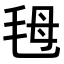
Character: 𣭇